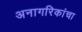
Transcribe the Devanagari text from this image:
अनागरिकांचा